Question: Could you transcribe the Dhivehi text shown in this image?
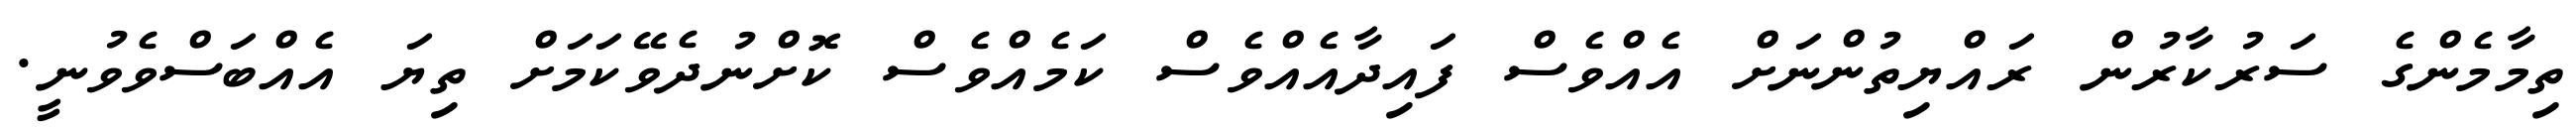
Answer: ތިމާމެންގެ ސަރުކާރުން ރައްޔިތުންނަށް އެއްވެސް ފައިދާއެއްވެސް ކަމެއްވެސް ކޮށްނުދެވޭކަމަށް ތިޔަ އެއްބަސްވެވުނީ.